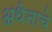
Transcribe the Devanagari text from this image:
अथेनाचे